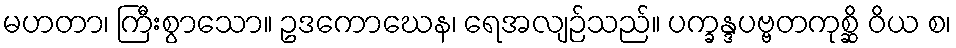
မဟတာ၊ ကြီးစွာသော။ ဥဒကောဃေန၊ ရေအလျဉ်သည်။ ပက္ခန္ဒပဗ္ဗတကုစ္ဆိ ဝိယ စ၊